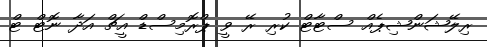
ރިލޭޝަންޝިޕެއް ސްޓާޓް ކުރި ރޭ ވީ ޕްރޮމިސްޑް އީޗް އަދާ ނޮޓް ޓް